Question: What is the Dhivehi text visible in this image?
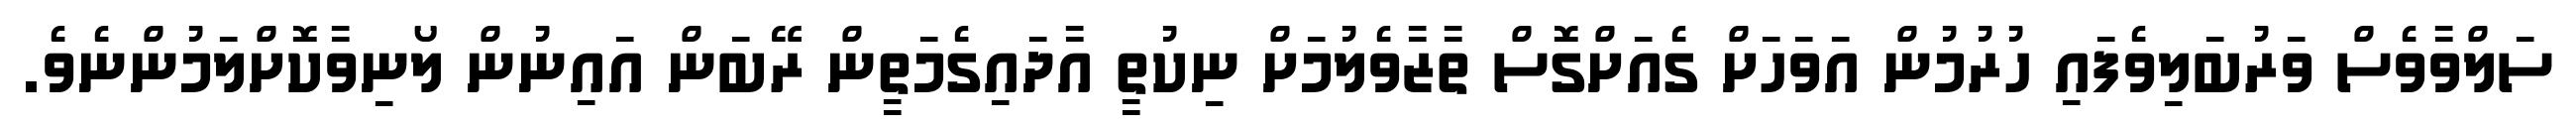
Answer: ސަލްވާވެސް ވަރުބަލިވެފައި ހުރުމުން އަވަހަށް ގެއަށްގޮސް ތާޒާވެލުމަށް ނިކުތީ އާދައިގެމަތީން ރޭބަން އައިނުން ލޯނިވާކޮށްލަމުންނެވެ.